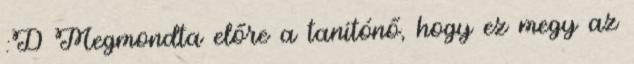
:D Megmondta előre a tanítónő, hogy ez megy az